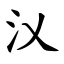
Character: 㲼